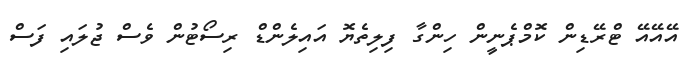
އޭއޭއޭ ޓްރޭޑިން ކޮމްޕެނީން ހިންގާ ފިލިތެޔޮ އައިލެންޑް ރިސޯޓުން ވެސް ޖުލައި ފަސް